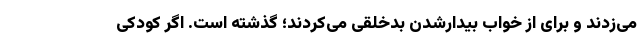
می‌زدند و برای از خواب بیدارشدن بدخلقی می‌کردند؛ گذشته است. اگر کودکی